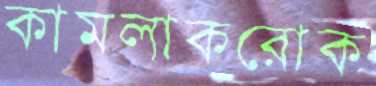
কামলাকরোক